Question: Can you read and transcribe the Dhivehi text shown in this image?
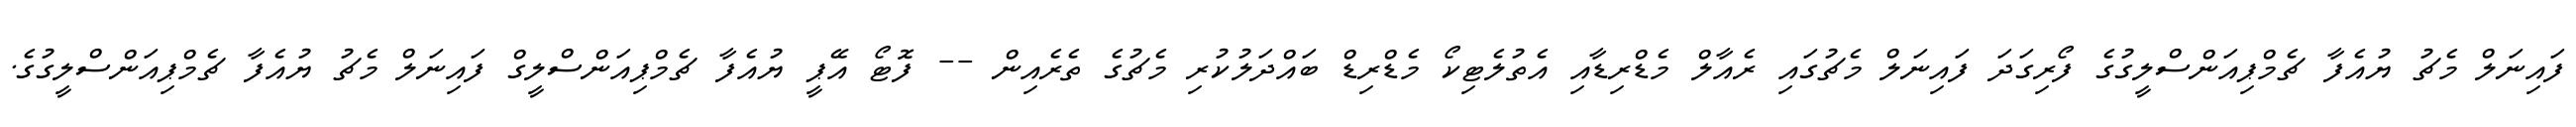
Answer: ފައިނަލް މެޗު ޔުއެފާ ޗެމްޕިއަންސްލީގުގެ ފޯރިގަދަ ފައިނަލް މެޗުގައި ރެއާލް މެޑްރިޑާއި އެތުލެޓިކޯ މެޑްރިޑް ބައްދަލުކުރި މެޗުގެ ތެރެއިން -- ފޮޓޯ އޭޕީ ޔުއެފާ ޗެމްޕިއަންސްލީގް ފައިނަލް މެޗު ޔުއެފާ ޗެމްޕިއަންސްލީގުގެ.